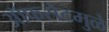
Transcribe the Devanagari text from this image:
ऑफसेटमुळे